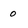
Character: o